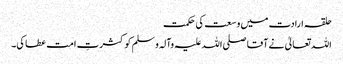
حلقہ ارادت میں وسعت کی حکمت
اللہ تعالیٰ نے آقا صلی اللہ علیہ وآلہ وسلم کو کثرتِ امت عطا کی۔